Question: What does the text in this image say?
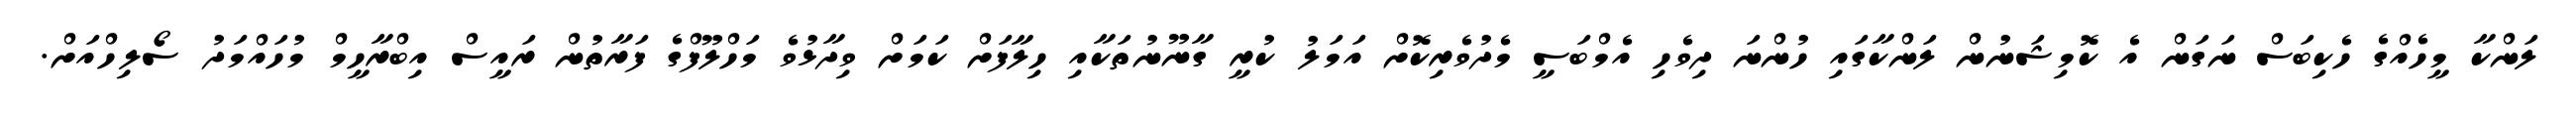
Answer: ލަންކާ މީހެއްގެ ހެކިބަސް ނަގަން އެ ކޮމިޝަނުން ލަންކާގައި ހުންނަ ދިވެހި އެމްބަސީ މެދުވެރިކޮށް އަމަލު ކުރީ ގާނޫނުތަކާއި ހިލާފަށް ކަމަށް ވިދާޅުވެ މަހްލޫފްގެ ފަރާތުން ރައީސް އިބްރާހީމް މުހައްމަދު ސޯލިހްއަށް.